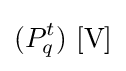
(P_{q}^{t})\ \mathrm {[V]}